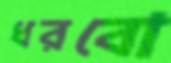
ধরবো